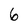
Character: 6